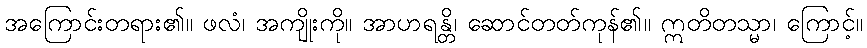
အကြောင်းတရား၏။ ဖလံ၊ အကျိုးကို။ အာဟရန္တိ၊ ဆောင်တတ်ကုန်၏။ ဣတိတသ္မာ၊ ကြောင့်။